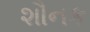
શૌનક